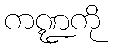
ကဏ္ဍကို